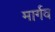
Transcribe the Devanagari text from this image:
मार्गव